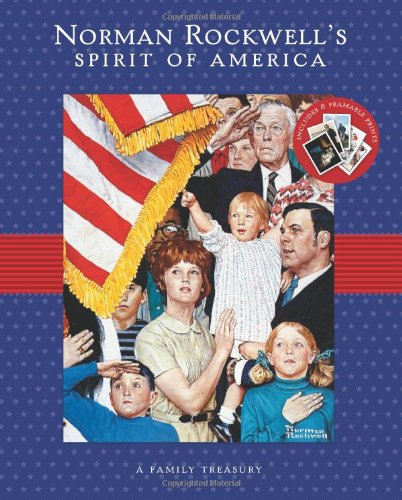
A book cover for Norman Rockwell's Spirit of America: A Family Treasury; Norman Rockwell; Arts & Photography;